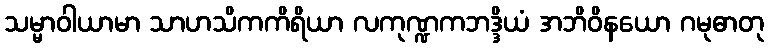
သမ္မာဝါယာမာ သာဟသိကကိရိယာ လကုဏ္ဍကဘဒ္ဒိယံ အဘိဝိနယော ဂမုဓာတု